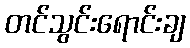
တင်သွင်းရောင်းချ